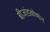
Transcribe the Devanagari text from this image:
बीजांडकोषांत